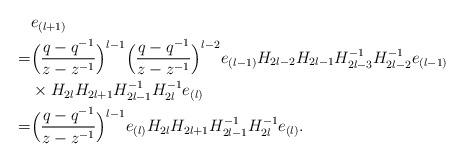
LaTeX: \begin{align*}&e_{(l+1)}\\=&\Big(\frac{q-q^{-1}}{z-z^{-1}}\Big)^{l-1}\Big(\frac{q-q^{-1}}{z-z^{-1}}\Big)^{l-2}e_{(l-1)}H_{2l-2}H_{2l-1}H_{2l-3}^{-1}H_{2l-2}^{-1}e_{(l-1)}\\&\times H_{2l}H_{2l+1}H_{2l-1}^{-1}H_{2l}^{-1}e_{(l)}\\=&\Big(\frac{q-q^{-1}}{z-z^{-1}}\Big)^{l-1}e_{(l)}H_{2l}H_{2l+1}H_{2l-1}^{-1}H_{2l}^{-1}e_{(l)}.\end{align*}